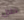
خلال